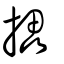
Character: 攂